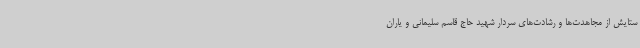
ستایش از مجاهدت‌ها و رشادت‌های سردار شهید حاج قاسم سلیمانی و یاران